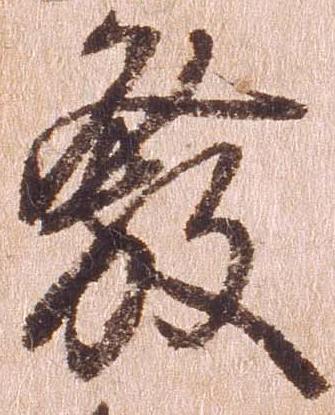
発